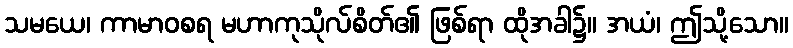
သမယေ၊ ကာမာဝစရ မဟာကုသိုလ်စိတ်၏ ဖြစ်ရာ ထိုအခါ၌။ အယံ၊ ဤသို့သော။